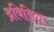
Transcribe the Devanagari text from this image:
द्रविड़िया